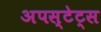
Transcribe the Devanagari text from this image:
अपस्टेट्स